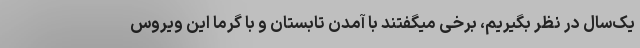
یک‌سال در نظر بگیریم، برخی میگفتند با آمدن تابستان و با گرما این ویروس